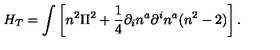
H _ { T } = \int \left[ n ^ { 2 } \Pi ^ { 2 } + \frac { 1 } { 4 } \partial _ { i } n ^ { a } \partial ^ { i } n ^ { a } ( n ^ { 2 } - 2 ) \right] .